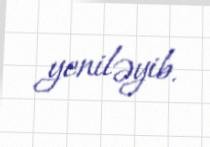
yeniləyib.